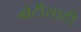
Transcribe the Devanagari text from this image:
बोटीसाठी